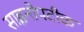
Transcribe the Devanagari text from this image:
साइनोपटीक